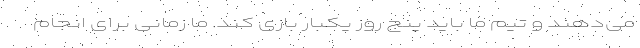
می‌دهند و تیم ما باید پنج روز یکبار بازی کند. ما زمانی برای انجام